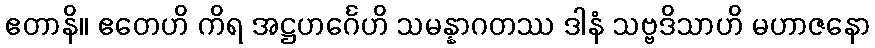
ဧတာနိ။ ဧတေဟိ ကိရ အဋ္ဌဟင်္ဂေဟိ သမန္နာဂတဿ ဒါနံ သဗ္ဗဒိသာဟိ မဟာဇနော